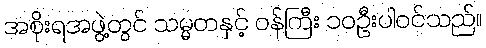
အစိုးရအဖွဲ့တွင် သမ္မတနှင့် ဝန်ကြီး ၁၀ဦးပါဝင်သည်။